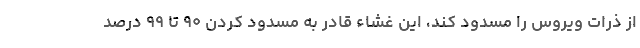
از ذرات ویروس را مسدود کند، این غشاء قادر به مسدود کردن ۹۰ تا ۹۹ درصد